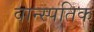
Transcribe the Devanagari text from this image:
वान्स्पतिक